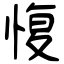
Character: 愎